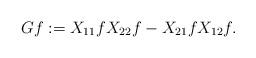
LaTeX: \begin{align*}Gf:=X_{11}fX_{22}f-X_{21}fX_{12}f.\end{align*}